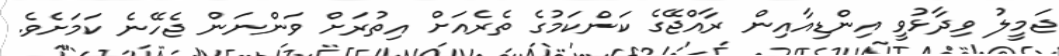
ޖަމީލު ވިދާޅުވީ އިންޑިއާއިން ރާއްޖޭގެ ކަންކަމުގެ ތެރެއަށް އިތުރަށް ވަންނަން ޖެހޭނެ ކަމަށެވެ.